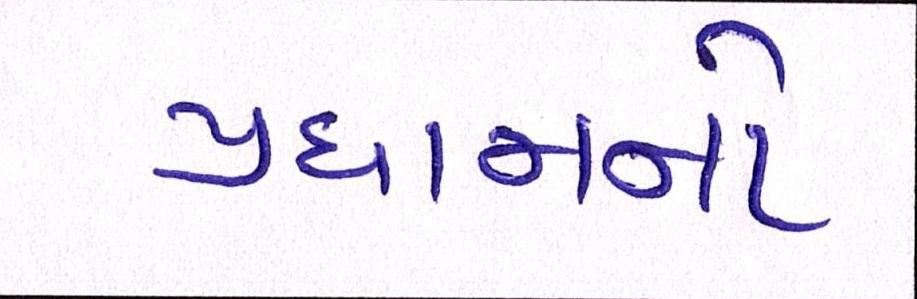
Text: પ્રધાનનો